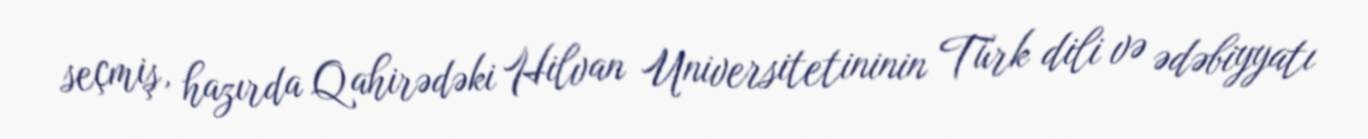
seçmiş, hazırda Qahirədəki Hilvan Universitetininin Türk dili və ədəbiyyatı